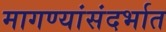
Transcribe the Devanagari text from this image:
मागण्यांसंदर्भात